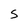
Character: S